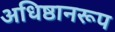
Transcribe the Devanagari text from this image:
अधिष्ठानरूप